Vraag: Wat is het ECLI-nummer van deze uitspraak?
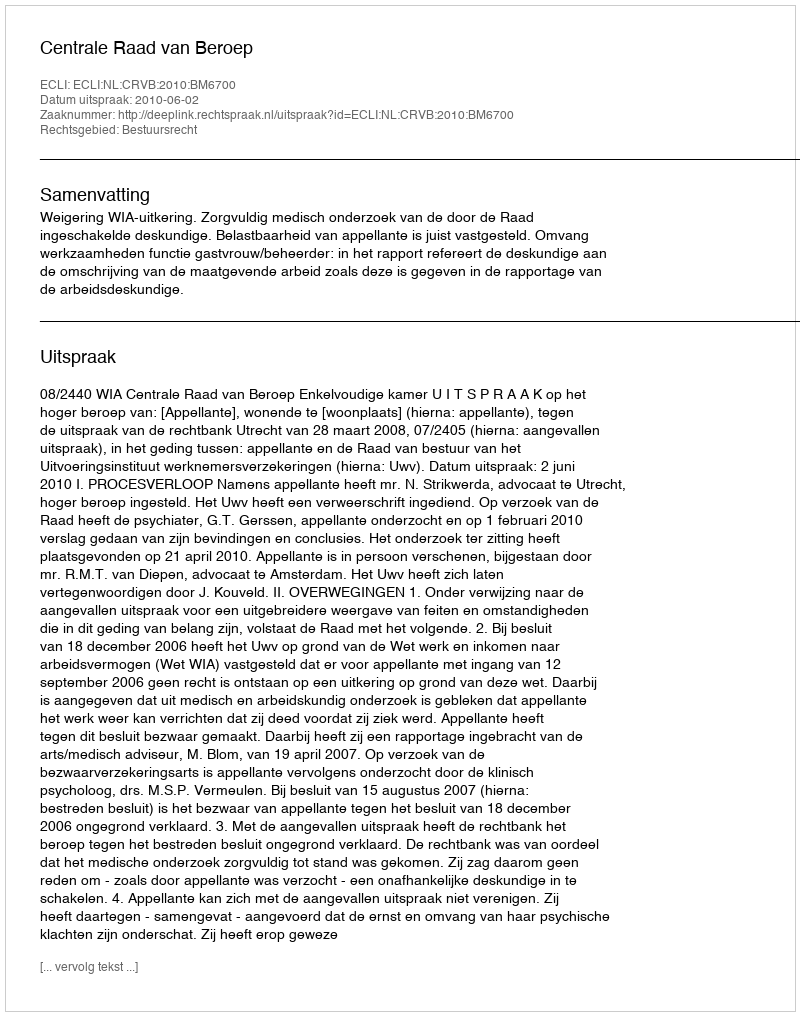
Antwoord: ECLI:NL:CRVB:2010:BM6700